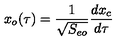
x _ { o } ( \tau ) = { \frac { 1 } { \sqrt { S _ { e o } } } } { \frac { d x _ { c } } { d \tau } }